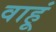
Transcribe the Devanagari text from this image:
वाहूं